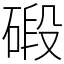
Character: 碫